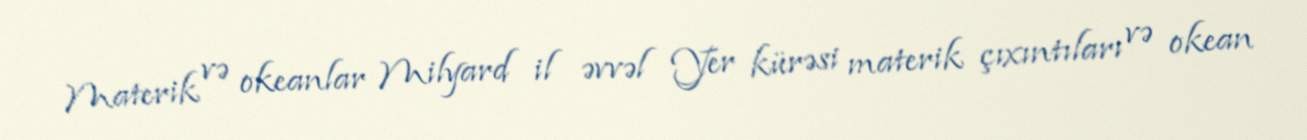
Materik və okeanlar Milyard il əvvəl Yer kürəsi materik çıxıntıları və okean